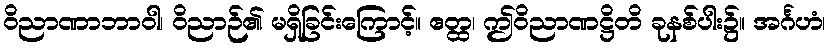
ဝိညာဏာဘာဝါ၊ ဝိညာဉ်၏ မရှိခြင်းကြောင့်။ ဧတ္ထ၊ ဤဝိညာဏဋ္ဌိတိ ခုနစ်ပါး၌။ အင်္ဂဟံ၊